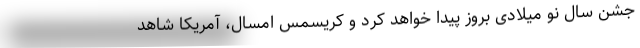
جشن سال نو میلادی بروز پیدا خواهد کرد و کریسمس امسال، آمریکا شاهد